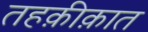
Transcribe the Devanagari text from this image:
तहक़ीक़ात